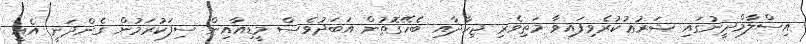
އިސްލާމްދީނުގައި ޝަރުޢުކުރެވިފައިވާ މަތިވެރި ޖިހާދާއި ބެހޭގޮތުން އަބަދުވެސް މީޑިއާއިން ސިފަކުރަމުން ގެންދަނީ އެއީ